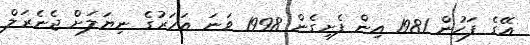
އޭގެ ފަހުން 1981 އިން ފެށިގެން 1998 ވަނަ އަހަރުގެ ނިޔަލަށް ޖެނެރަލް